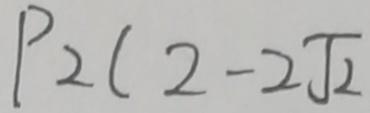
P _ { 2 } ( 2 - 2 \sqrt { 2 }